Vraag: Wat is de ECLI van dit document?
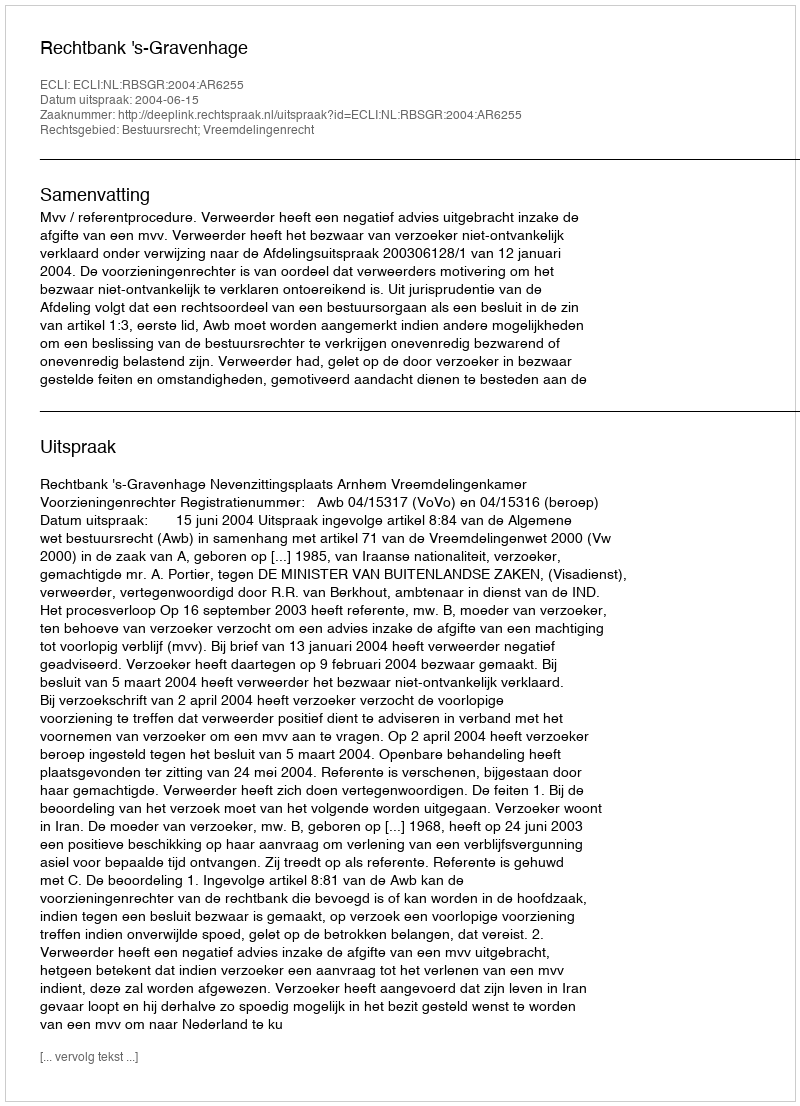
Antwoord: ECLI:NL:RBSGR:2004:AR6255